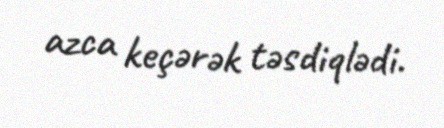
azca keçərək təsdiqlədi.